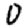
Digit: 0